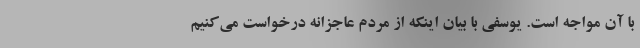
با آن مواجه است. یوسفی با بیان اینکه از مردم عاجزانه درخواست می‌کنیم